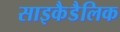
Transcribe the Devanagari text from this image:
साइकैडैलिक